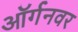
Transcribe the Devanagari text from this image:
ऑर्गनवर